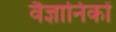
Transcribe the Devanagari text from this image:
वैज्ञानिकों